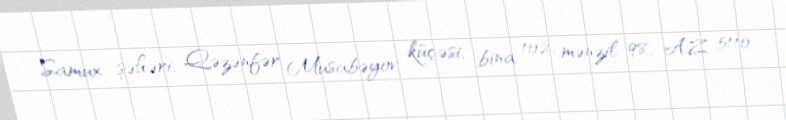
Samux şəhəri, Qəzənfər Musabəyov küçəsi, bina 102, mənzil 98, AZ 5110